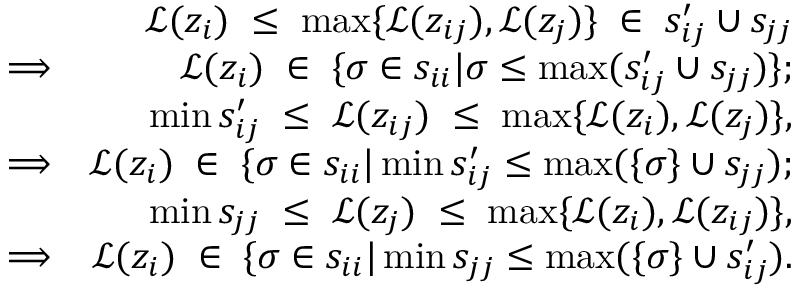
\begin{array} { r l r } & { } & { \mathscr { L } ( z _ { i } ) \; \le \; \operatorname* { m a x } \{ \mathscr { L } ( z _ { i j } ) , \mathscr { L } ( z _ { j } ) \} \; \in \; s _ { i j } ^ { \prime } \cup s _ { j j } } \\ & { \Longrightarrow } & { \mathscr { L } ( z _ { i } ) \; \in \; \{ \sigma \in s _ { i i } | \sigma \leq \operatorname* { m a x } ( s _ { i j } ^ { \prime } \cup s _ { j j } ) \} ; } \\ & { } & { \operatorname* { m i n } s _ { i j } ^ { \prime } \; \le \; \mathscr { L } ( z _ { i j } ) \; \le \; \operatorname* { m a x } \{ \mathscr { L } ( z _ { i } ) , \mathscr { L } ( z _ { j } ) \} , } \\ & { \Longrightarrow } & { \mathscr { L } ( z _ { i } ) \; \in \; \{ \sigma \in s _ { i i } | \operatorname* { m i n } s _ { i j } ^ { \prime } \le \operatorname* { m a x } ( \{ \sigma \} \cup s _ { j j } ) ; } \\ & { } & { \operatorname* { m i n } s _ { j j } \; \le \; \mathscr { L } ( z _ { j } ) \; \le \; \operatorname* { m a x } \{ \mathscr { L } ( z _ { i } ) , \mathscr { L } ( z _ { i j } ) \} , } \\ & { \Longrightarrow } & { \mathscr { L } ( z _ { i } ) \; \in \; \{ \sigma \in s _ { i i } | \operatorname* { m i n } s _ { j j } \le \operatorname* { m a x } ( \{ \sigma \} \cup s _ { i j } ^ { \prime } ) . } \end{array}